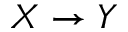
X \rightarrow Y